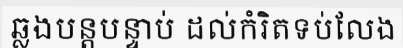
ឆ្លងបន្តបន្ទាប់ ដល់កំរិតទប់លែង